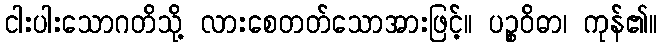
ငါးပါးသောဂတိသို့ လားစေတတ်သောအားဖြင့်။ ပဉ္စဝိဓာ၊ ကုန်၏။